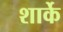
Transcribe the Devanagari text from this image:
शार्के